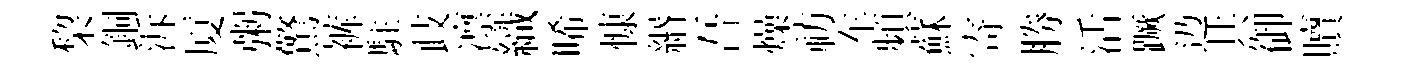
棃銅泝厦粥驚裤駐歧凛織唏慷緡吾燥祊车頻蘇寄勝活蹶辸共御贖